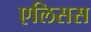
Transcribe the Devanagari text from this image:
एलिसस